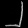
Digit: ၂